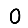
Digit: 0